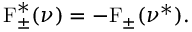
\mathrm { F } _ { \pm } ^ { * } ( \nu ) = - \mathrm { F } _ { \pm } ( \nu ^ { * } ) .